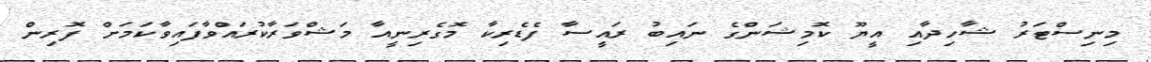
މިނިސްޓަރު ޝާހިދާއި އީޔޫ ކޮމިޝަންގެ ނައިބު ރައީސާ ފެޑެރިކާ މޮގެރިނީއާ މަޝްވަރާކުރައްވާފައިވާކަމަށް ފޮރިން